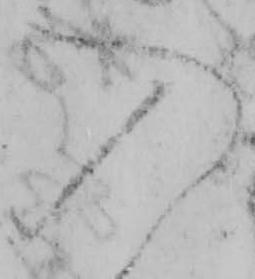
入